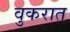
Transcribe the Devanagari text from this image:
वुकरात